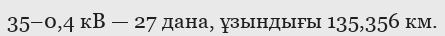
35–0,4 кВ — 27 дана, ұзындығы 135,356 км.